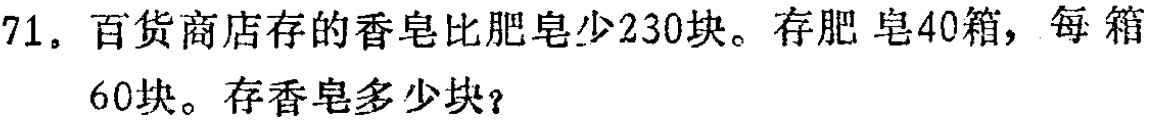
71. 百货商店存的香皂比肥皂少230块。存肥皂40箱，每箱60块。存香皂多少块？